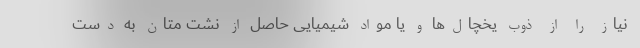
نیاز را از ذوب یخچال‌ها و یا مواد شیمیایی حاصل از نشت متان به دست